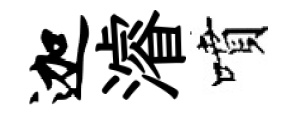
迦濬噴